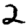
Digit: 2